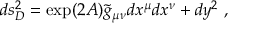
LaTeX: d s _ { D } ^ { 2 } = \exp ( 2 A ) { \widetilde g } _ { \mu \nu } d x ^ { \mu } d x ^ { \nu } + d y ^ { 2 } ~ ,